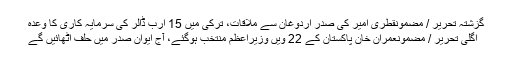
گزشتہ تحریر / مضمونقطری امیر کی صدر اردوغان سے ملاقات، ترکی میں 15 ارب ڈالر کی سرمایہ کاری کا وعدہ
اگلی تحریر / مضمونعمران خان پاکستان کے 22 ویں وزیراعظم منتخب ہوگئے، آج ایوانِ صدر میں حلف اُٹھائیں گے